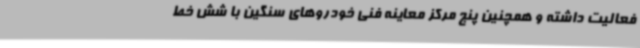
فعالیت داشته و همچنین پنج مرکز معاینه فنی خودروهای سنگین با شش خط